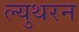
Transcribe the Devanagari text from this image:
ल्युथरन